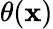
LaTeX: \theta(\mathbf{x})